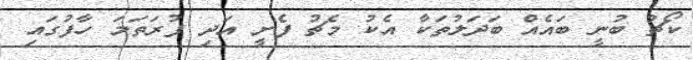
ކޯޗު ބުނީ ބައެއް ބަދަލުތަކާ އެކު މެޗު ފެށީ އަދި ފުރަތަމަ ހާފުގައި